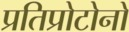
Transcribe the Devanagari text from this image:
प्रतिप्रोटोनों